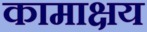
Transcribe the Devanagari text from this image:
कामाक्षय